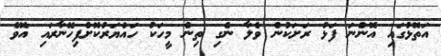
އަތޮޅުގައި އޮންނަ ފަޅު ރަށަކުން ވެލާ ނެގި ތިން މީހަކު ހައްޔަރުކޮށްފިހޭނާރައި އޮވެ